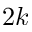
2 k